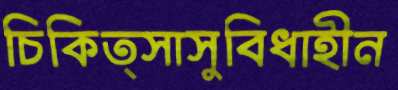
চিকিত্সাসুবিধাহীন